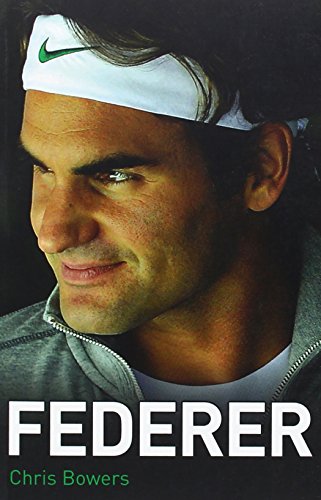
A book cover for Federer; Chris Bowers; Sports & Outdoors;